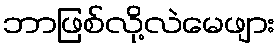
ဘာဖြစ်လို့လဲမေဖျား